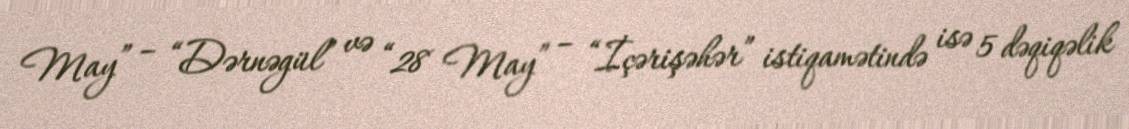
May” – “Dərnəgül” və “28 May” – “İçərişəhər” istiqamətində isə 5 dəqiqəlik